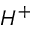
H ^ { + }